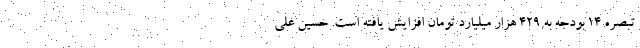
تبصره ۱۴ بودجه به ۴۲۹ هزار میلیارد تومان افزایش یافته است. حسین علی